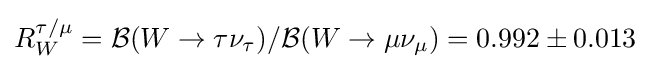
R_{W}^{\tau /\mu }={\mathcal {B}}(W\rightarrow \tau \nu _{\tau })/{\mathcal {B}}(W\rightarrow \mu \nu _{\mu })=0.992\pm 0.013